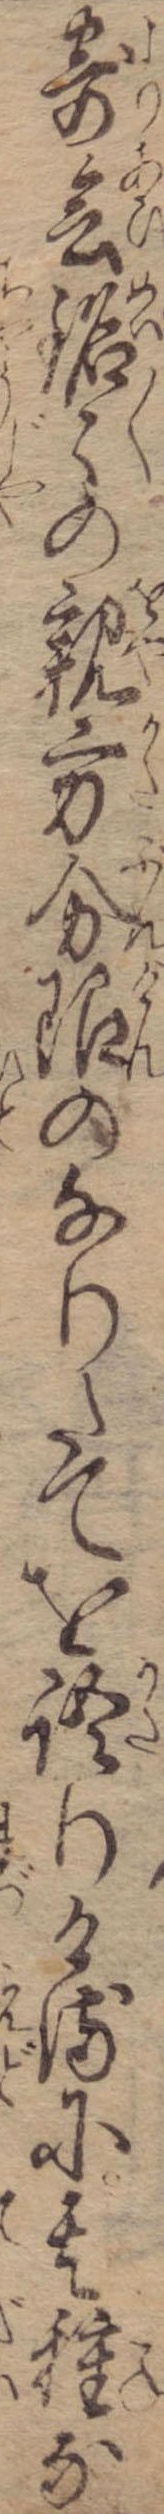
寄会銘々の親方分限のなりたてを語りけるに其種な